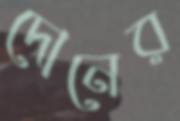
দোনের